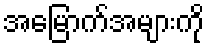
အမြောက်အများကို